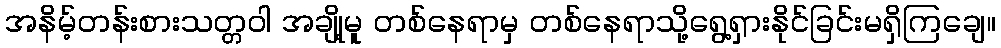
အနိမ့်တန်းစားသတ္တဝါ အချို့မူ တစ်နေရာမှ တစ်နေရာသို့ရွေ့ရှားနိုင်ခြင်းမရှိကြချေ။